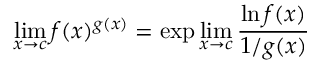
\operatorname* { l i m } _ { x \to c } f ( x ) ^ { g ( x ) } = \exp \operatorname* { l i m } _ { x \to c } { \frac { \ln f ( x ) } { 1 / g ( x ) } }